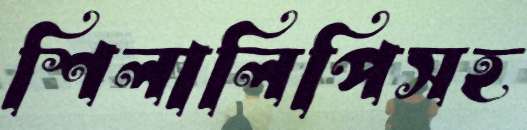
শিলালিপিসহ